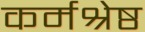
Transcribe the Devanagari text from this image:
कर्मश्रेष्ठ